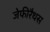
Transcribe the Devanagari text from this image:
जेफीरैथस